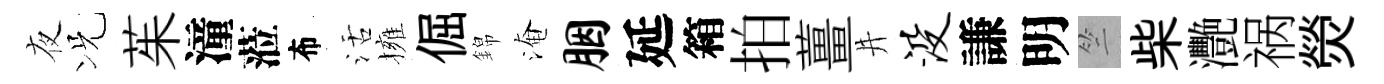
夜况茱潼蒞布活擁倔錦淹胭延箱拍薑井没謙明竺柴灧祸熒